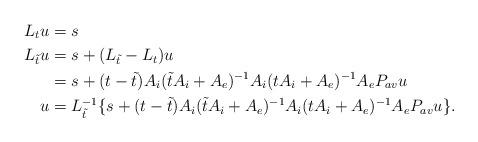
LaTeX: \begin{align*}L_tu&=s\\L_{\tilde{t}}u&=s+(L_{\tilde{t}}-L_t)u \\&=s+(t-\tilde{t})A_i(\tilde{t}A_i+A_e)^{-1}A_i(tA_i+A_e)^{-1}A_eP_{av}u \\u&=L_{\tilde{t}}^{-1}\{s+(t-\tilde{t})A_i(\tilde{t}A_i+A_e)^{-1}A_i(tA_i+A_e)^{-1}A_eP_{av}u\}. \end{align*}